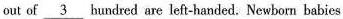
out of \underline{3} hundred are left-handed. Newborn babies